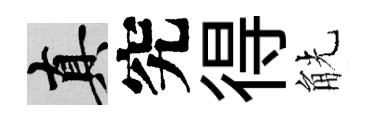
真究得觥